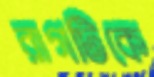
রাগটিকে